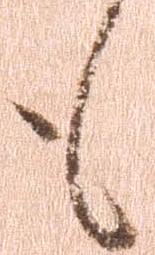
も